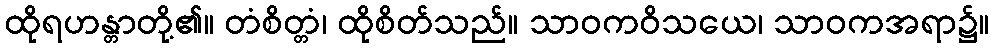
ထိုရဟန္တာတို့၏။ တံစိတ္တံ၊ ထိုစိတ်သည်။ သာဝကဝိသယေ၊ သာဝကအရာ၌။